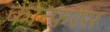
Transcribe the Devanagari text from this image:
कान्फ़रेंस